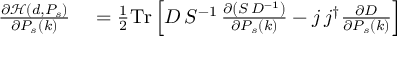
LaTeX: \begin{array} { r l } { { \frac { \partial { \mathcal { H } } ( d , P _ { s } ) } { \partial P _ { s } ( k ) } } } & { { } = { \frac { 1 } { 2 } } \mathrm { T r } \left[ D \, S ^ { - 1 } \, { \frac { \partial \left( S \, D ^ { - 1 } \right) } { \partial P _ { s } ( k ) } } - j \, j ^ { \dagger } { \frac { \partial D } { \partial P _ { s } ( k ) } } \right] } \end{array}